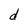
Character: d